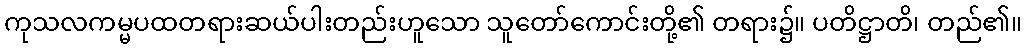
ကုသလကမ္မပထတရားဆယ်ပါးတည်းဟူသော သူတော်ကောင်းတို့၏ တရား၌။ ပတိဋ္ဌာတိ၊ တည်၏။